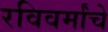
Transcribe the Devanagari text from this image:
रविवर्मांचे